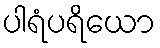
ပါရံပရိယော